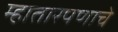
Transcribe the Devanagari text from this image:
म्हातारपणाचे